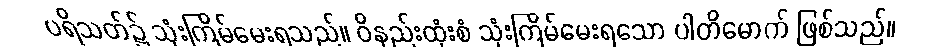
ပရိသတ်၌ သုံးကြိမ်မေးရသည်။ ဝိနည်းထုံးစံ သုံးကြိမ်မေးရသော ပါတိမောက် ဖြစ်သည်။